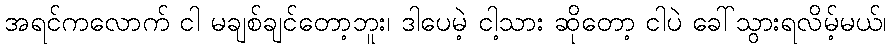
အရင်ကလောက် ငါ မချစ်ချင်တော့ဘူး၊ ဒါပေမဲ့ ငါ့သား ဆိုတော့ ငါပဲ ခေါ်သွားရလိမ့်မယ်၊